Physiological action of certain drugs in tablet form - Number 52A
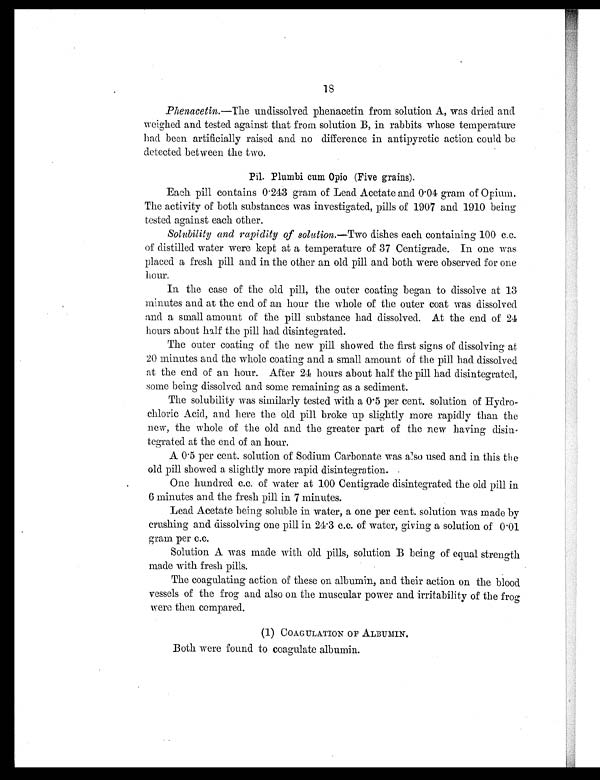
18
Phenacetin.— The undissolved phenacetin from solution A, was dried and
weighed and tested against that from solution B, in rabbits whose temperature
bad been artificially raised and no difference in antipyretic action could be
detected between the two.
P i l . P l u m b i c u m O p i o ( F i v e g r a i n s ) .
Each pill contains 0.243 gram of Lead Acetate and 0.04 gram of Opium.
The activity of both substances was investigated, pills of 1907 and 1910 being
tested against each other.
Solubility and rapidity of solution.—Two dishes each containing 100 c.c.
of distilled water were kept at a temperature of 37 Centigrade. In one was
placed a fresh pill and in the other an old pill and both were observed for one
hour.
In the case of the old pill, the outer coating began to dissolve at 13
minutes and at the end of an hour the whole of the outer coat was dissolved
and a small amount of the pill substance had dissolved. At the end of 24
hours about half the pill had disintegrated.
The outer coating of the new pill showed the first signs of dissolving at
20 minutes and the whole coating and a small amount of the pill had dissolved
at the end of an hour. After 24 hours about half the pill had disintegrated,
some being dissolved and some remaining as a sediment.
The solubility was similarly tested with a 0.5 per cent. solution of Hydro
chloric Acid, and here the old pill broke up slightly more rapidly than the
new, the whole of the old and the greater part of the new having disin-
tegrated at the end of an hour.
A 0.5 per cent. solution of Sodium Carbonate was also used and in this the
old pill showed a slightly more rapid disintegration.
One hundred c.c. of water at 100 Centigrade disintegrated the old pill in
6 minutes and the fresh pill in 7 minutes.
Lead Acetate being soluble in water, a one per cent. solution was made by
crushing and dissolving one pill in 24.3 c.c. of water, giving a solution of 0.01
gram per c.c.
Solution A was made with old pills, solution B being of equal strength
made with fresh pills.
The coagulating action of these on albumin, and their action on the blood
vessels of the frog and also on the muscular power and irritability of the frog
were then compared.
(1) COAGULATION OF ALBUMIN.
Both were found to coagulate albumin.